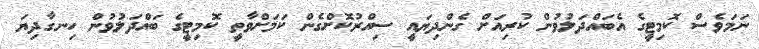
ނަމަވެސް ކޮމިޓީގެ އެބައްދަލުވުން ކުރިއަށް ގެންދިޔައީ ސިއްރުކޮށްގެން ކަމަށްވާތީ ކޮމިޓީގެ ބައްދަލުވުން ހިނގާދިޔަ